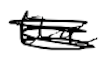
Text: the
Cross-out: scratch
Writing tool: digital_black